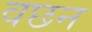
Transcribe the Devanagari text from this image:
वछन